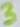
Text: 3